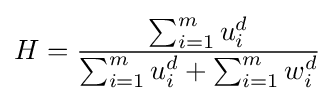
H={\frac {\sum _{i=1}^{m}{u_{i}^{d}}}{\sum _{i=1}^{m}{u_{i}^{d}}+\sum _{i=1}^{m}{w_{i}^{d}}}}